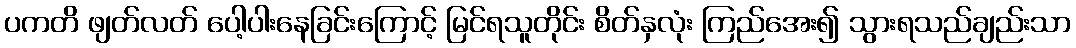
ပကတိ ဖျတ်လတ် ပေါ့ပါးနေခြင်းကြောင့် မြင်ရသူတိုင်း စိတ်နှလုံး ကြည်အေး၍ သွားရသည်ချည်းသာ